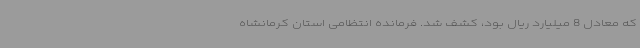
که معادل 8 میلیارد ریال بود، کشف شد. فرمانده انتظامی استان کرمانشاه